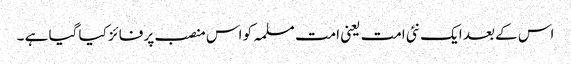
اس کے بعد ایک نئی امت یعنی امت مسلمہ کو اس منصب پر فائز کیا گیا ہے ۔